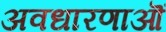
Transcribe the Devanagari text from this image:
अवधारणाऒं